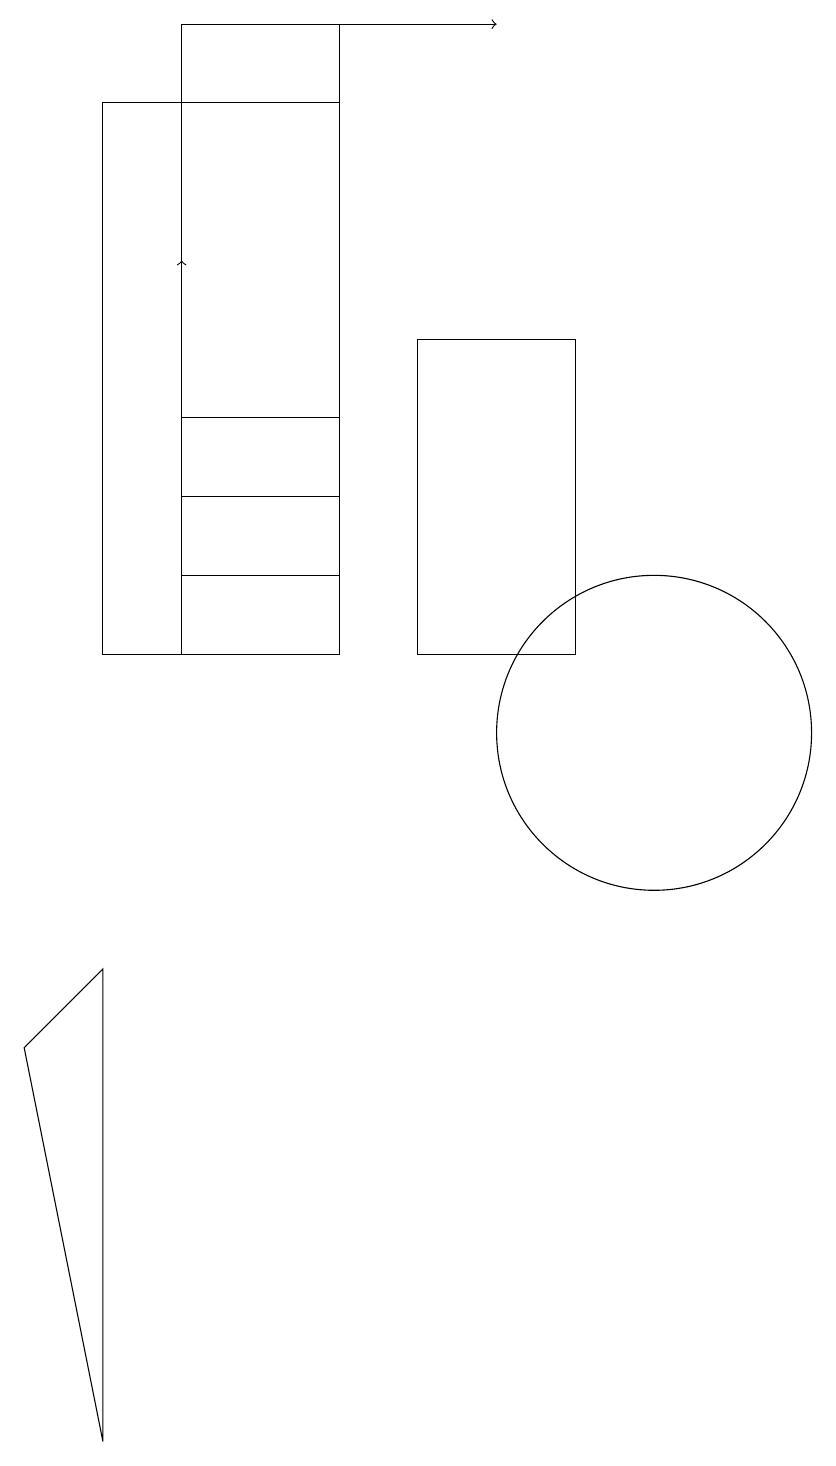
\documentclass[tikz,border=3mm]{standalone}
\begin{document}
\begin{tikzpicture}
\draw (4,19) rectangle (6,13);
\draw (6,18) rectangle (3,11);
\draw (10,10) circle (2);
\draw[->] (4,11) -- (4,16);
\draw (7,11) rectangle (9,15);
\draw (4,12) rectangle (6,14);
\draw (3,7) -- (2,6) -- (3,1) -- cycle;
\draw[->] (4,19) -- (8,19);
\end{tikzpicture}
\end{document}